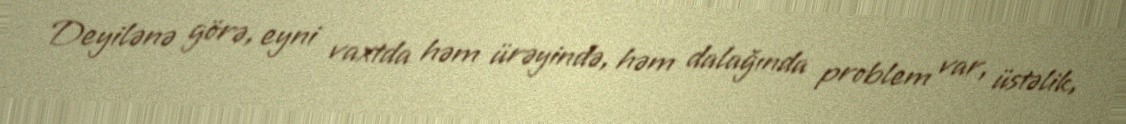
Deyilənə görə, eyni vaxtda həm ürəyində, həm dalağında problem var, üstəlik,